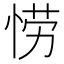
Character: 𫺘